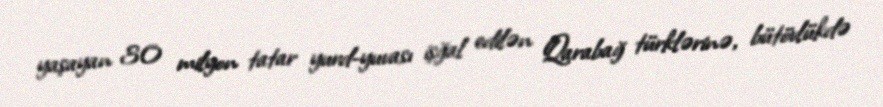
yaşayan 30 milyon tatar yurd-yuvası işğal edilən Qarabağ türklərinə, bütövlükdə